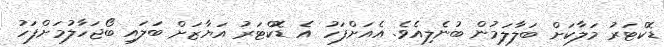
ޑޮކްޓަރު މަލާކަށް ބަލާލަމުން ބުނެލިއެވެ. އެއަށްފަހު އެ ޑޮކްޓަރު އަޔާޒަށް ބަލައި ބޯޖަހާލުމަށްފަހު